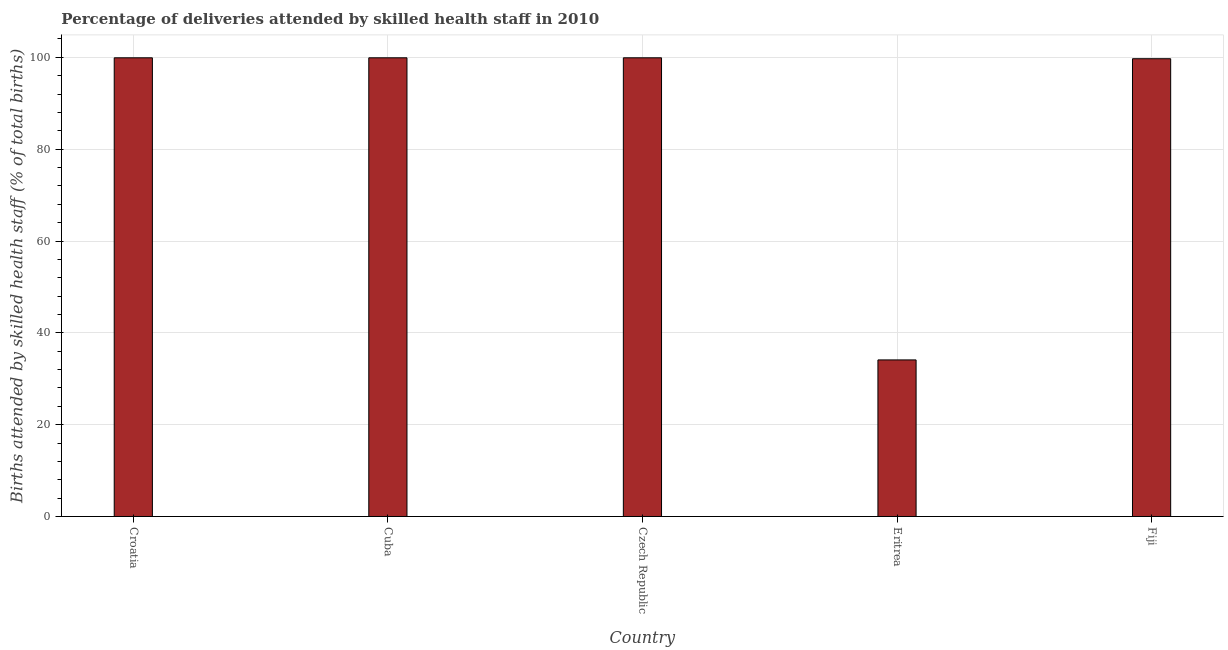
| Country | Births attended by skilled health staff |
 | --- | --- |
 | Croatia | 99.9 |
 | Cuba | 99.9 |
 | Czech Republic | 99.9 |
 | Eritrea | 34.1 |
 | Fiji | 99.7 |